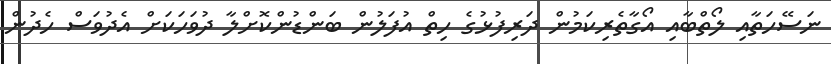
ނަސޭހަތާއި ލޯތްބާއި އޯގާތެރިކަމުން ދަރިފުޅުގެ ހިތް އުފަލުން ބަންޑުންކޮށްލާ ދުވަހަކަށް އެދުވަސް ހެދުން